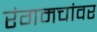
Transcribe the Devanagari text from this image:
रंगमचांवर